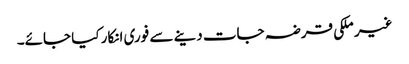
غیر ملکی قرضہ جات دینے سے فوری انکار کیا جائے۔